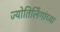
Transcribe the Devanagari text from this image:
ज्योतिर्लिंगांच्या